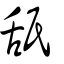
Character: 舐